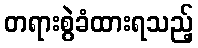
တရားစွဲခံထားရသည့်